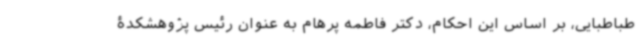
طباطبایی، بر اساس این احکام، دکتر فاطمه پرهام به عنوان رئیس پژوهشکدۀ